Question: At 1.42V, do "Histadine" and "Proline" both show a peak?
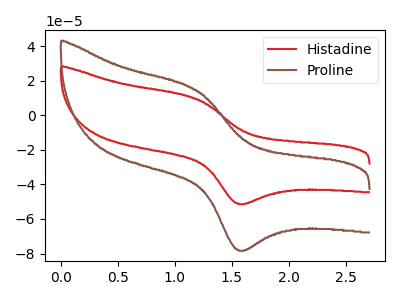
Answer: <think>The red curve "Histadine" has an anodic peak at (1.20V, 9.45uA) and a cathodic peak at (1.55V, -51.15uA). The brown curve "Proline" has an anodic peak at (1.20V, 14.45uA) and a cathodic peak at (1.55V, -77.95uA).</think>
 <answer>No, "Histadine" and "Proline" dont share a peak at 1.42V.</answer>
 <eval>mismatch</eval>